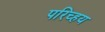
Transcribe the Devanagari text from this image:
परिच्हय